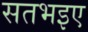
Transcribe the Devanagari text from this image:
सतभइए